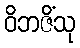
ဝိဘဇိံသု